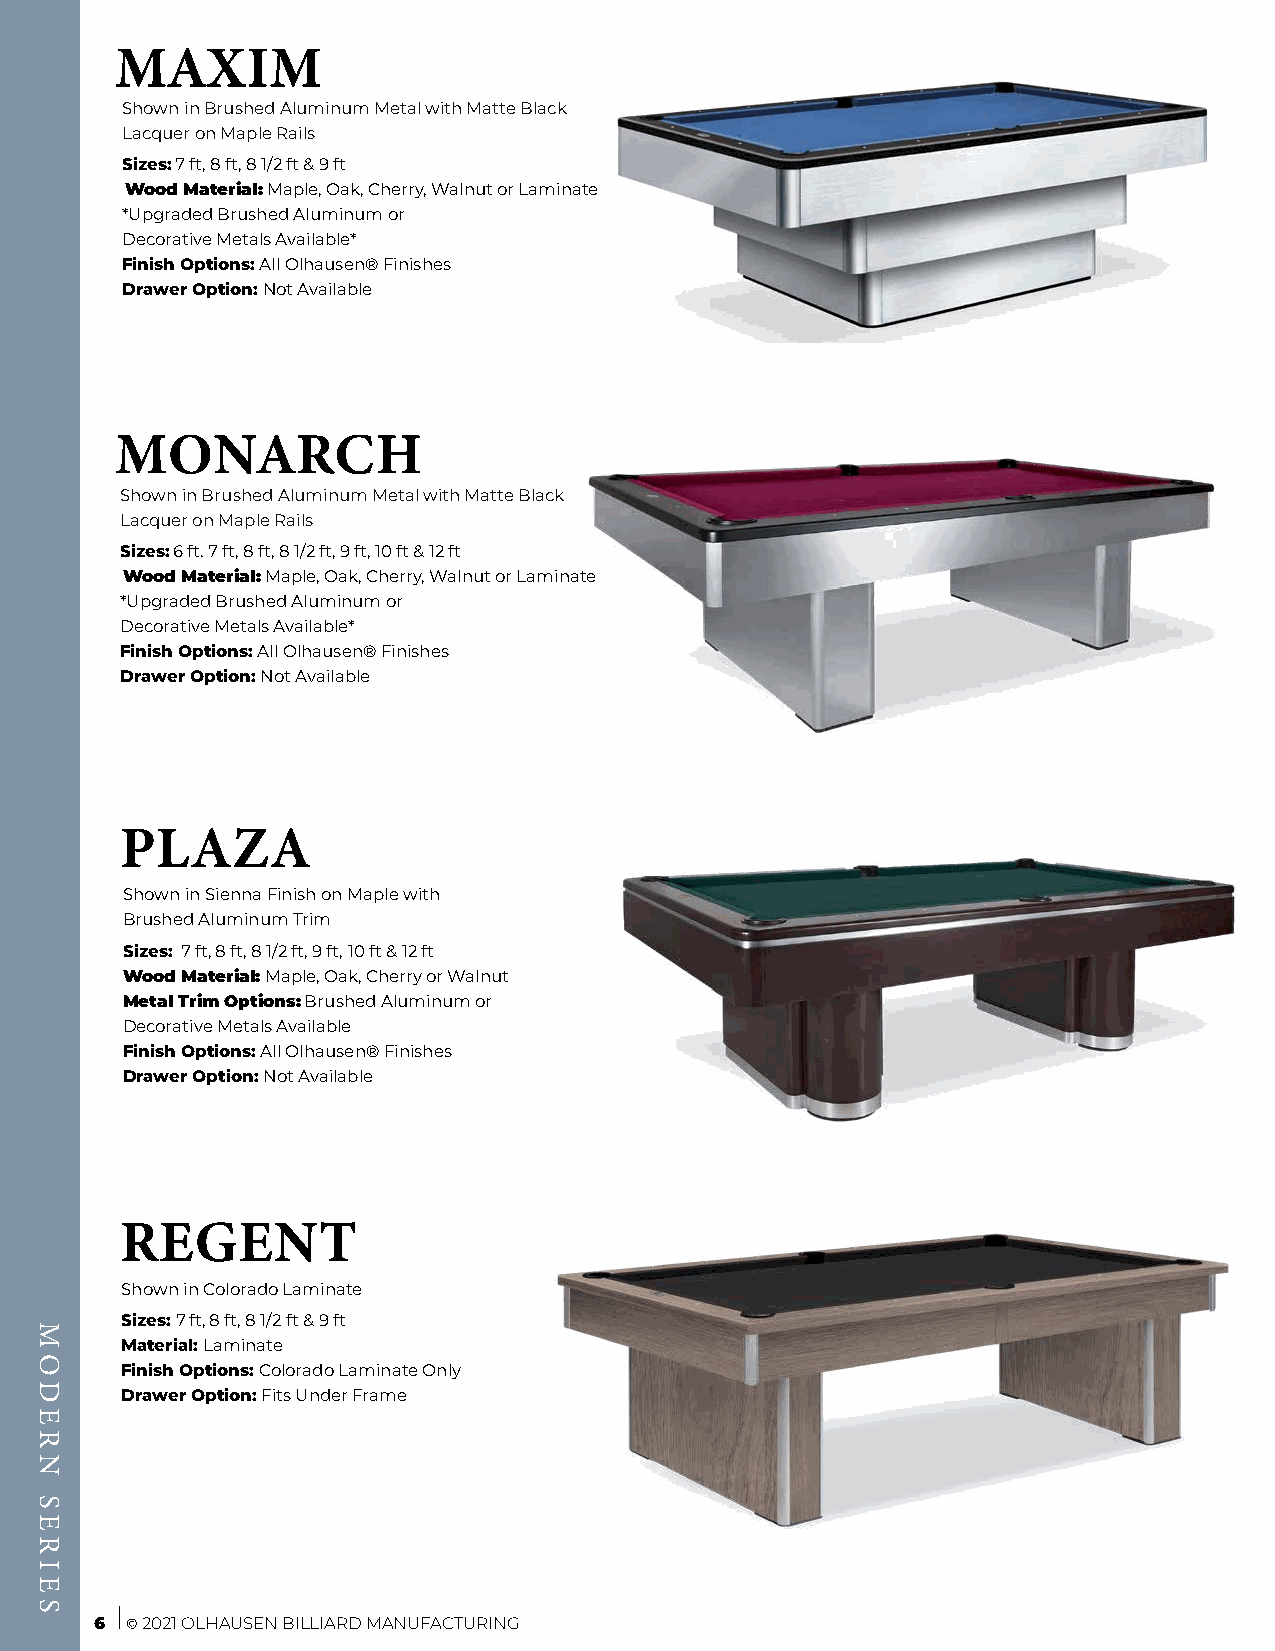
MAXIM
 Shown in Brushed Aluminum Metal with Matte Black
 Lacquer on Maple Rails
 Sizes: 7 ft, 8 ft, 8 1/2 ft & 9 ft
 Wood Material: Maple, Oak, Cherry, Walnut or Laminate
 *Upgraded Brushed Aluminum or
 Decorative Metals Available*
 Finish Options: All Olhausen® Finishes
 Drawer Option: Not Available
 MONARCH
 Shown in Brushed Aluminum Metal with Matte Black
 Lacquer on Maple Rails
 Sizes: 6 ft. 7 ft, 8 ft, 8 1/2 ft, 9 ft, 10 ft & 12 ft
 Wood Material: Maple, Oak, Cherry, Walnut or Laminate
 *Upgraded Brushed Aluminum or
 Decorative Metals Available*
 Finish Options: All Olhausen® Finishes
 Drawer Option: Not Available
 PLAZA
 Shown in Sienna Finish on Maple with
 Brushed Aluminum Trim
 Sizes: 7 ft, 8 ft, 8 1/2 ft, 9 ft, 10 ft & 12 ft
 Wood Material: Maple, Oak, Cherry or Walnut
 Metal Trim Options: Brushed Aluminum or
 Decorative Metals Available
 Finish Options: All Olhausen® Finishes
 Drawer Option: Not Available
 REGENT
 Shown in Colorado Laminate
 Sizes: 7 ft, 8 ft, 8 1/2 ft & 9 ft
 Material: Laminate
 Finish Options: Colorado Laminate Only
 Drawer Option: Fits Under Frame
 6 © 2021 OLHAUSEN BILLIARD MANUFACTURING
 MODERN
 SERIES